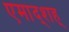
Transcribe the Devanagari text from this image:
एमाद्शह्